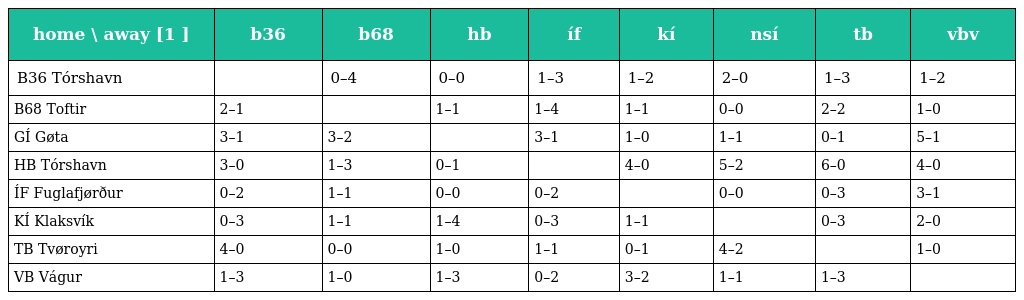
| home \ away [1 ] | b36 | b68 | hb | íf | kí | nsí | tb | vbv |
 | --- | --- | --- | --- | --- | --- | --- | --- | --- |
 | B36 Tórshavn |  | 0–4 | 0–0 | 1–3 | 1–2 | 2–0 | 1–3 | 1–2 |
 | B68 Toftir | 2–1 |  | 1–1 | 1–4 | 1–1 | 0–0 | 2–2 | 1–0 |
 | GÍ Gøta | 3–1 | 3–2 |  | 3–1 | 1–0 | 1–1 | 0–1 | 5–1 |
 | HB Tórshavn | 3–0 | 1–3 | 0–1 |  | 4–0 | 5–2 | 6–0 | 4–0 |
 | ÍF Fuglafjørður | 0–2 | 1–1 | 0–0 | 0–2 |  | 0–0 | 0–3 | 3–1 |
 | KÍ Klaksvík | 0–3 | 1–1 | 1–4 | 0–3 | 1–1 |  | 0–3 | 2–0 |
 | TB Tvøroyri | 4–0 | 0–0 | 1–0 | 1–1 | 0–1 | 4–2 |  | 1–0 |
 | VB Vágur | 1–3 | 1–0 | 1–3 | 0–2 | 3–2 | 1–1 | 1–3 |  |